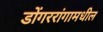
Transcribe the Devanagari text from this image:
डोंगररांगामधील